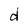
Character: d